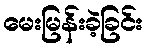
မေးမြန်းခဲ့ခြင်း